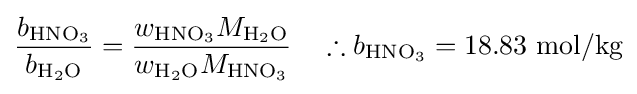
{\frac {b_{\mathrm {HNO_{3}} }}{b_{\mathrm {H_{2}O} }}}={\frac {w_{\mathrm {HNO_{3}} }M_{\mathrm {H_{2}O} }}{w_{\mathrm {H_{2}O} }M_{\mathrm {HNO_{3}} }}}\quad \therefore b_{\mathrm {HNO_{3}} }=18.83\ \mathrm {mol/kg}